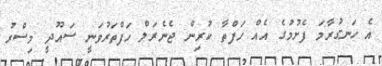
އެ ހަނގުރާމަ ފެށުމުގެ އެއް ހަފްތާ ކުރިން ޖެނެރަލް ހަފްތަރުވަނީ ސައޫދީ މިސްރު